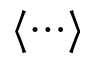
\langle \cdots \rangle